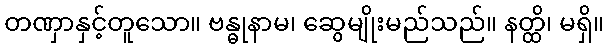
တဏှာနှင့်တူသော။ ဗန္ဓုနာမ၊ ဆွေမျိုးမည်သည်။ နတ္ထိ၊ မရှိ။